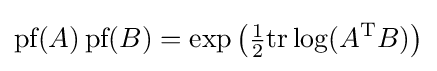
{\textrm {pf}}(A)\,{\textrm {pf}}(B)=\exp \left({\tfrac {1}{2}}\mathrm {tr} \log(A^{\text{T}}B)\right)